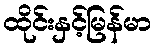
ထိုင်းနှင့်မြန်မာ